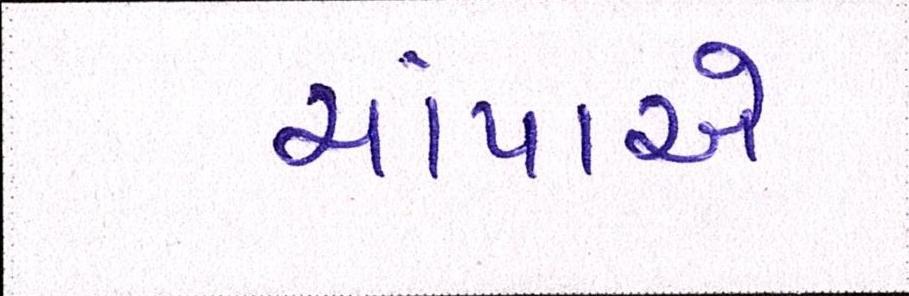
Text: ચાંપાએ